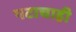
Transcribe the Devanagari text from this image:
पटाचाही